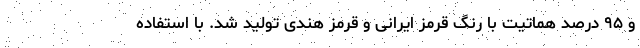
و ۹۵ درصد هماتیت با رنگ قرمز ایرانی و قرمز هندی تولید شد. با استفاده